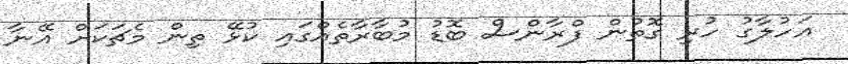
އަހުލާގު ހުރި ގޮތުން ފްރާންސް ބޮޑު މުބާރާތެއްގައި ކުޅޭ ތިން މެޗަކަށް އޭނާ